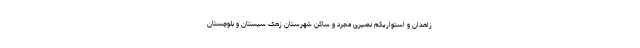
زاهدان و استواریکم نصیری مجرد و ساکن شهرستان زهک سیستان و بلوچستان